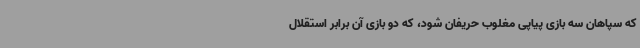
که سپاهان سه بازی پیاپی مغلوب حریفان شود، که دو بازی آن برابر استقلال